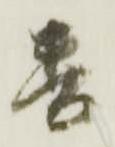
蕃